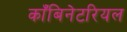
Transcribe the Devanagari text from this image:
काँबिनेटरियल